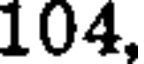
104,